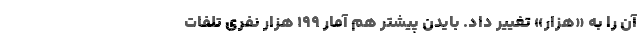
آن را به «هزار» تغییر داد. بایدن پیشتر هم آمار ۱۹۹ هزار نفری تلفات